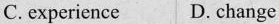
C.experience D. change